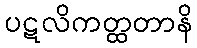
ပဋလိကတ္ထတာနိ